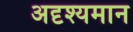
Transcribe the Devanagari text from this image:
अदृश्यमान